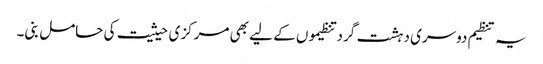
یہ تنظیم دوسری دہشت گرد تنظیموں کے لیے بھی مرکزی حیثیت کی حامل بنی۔